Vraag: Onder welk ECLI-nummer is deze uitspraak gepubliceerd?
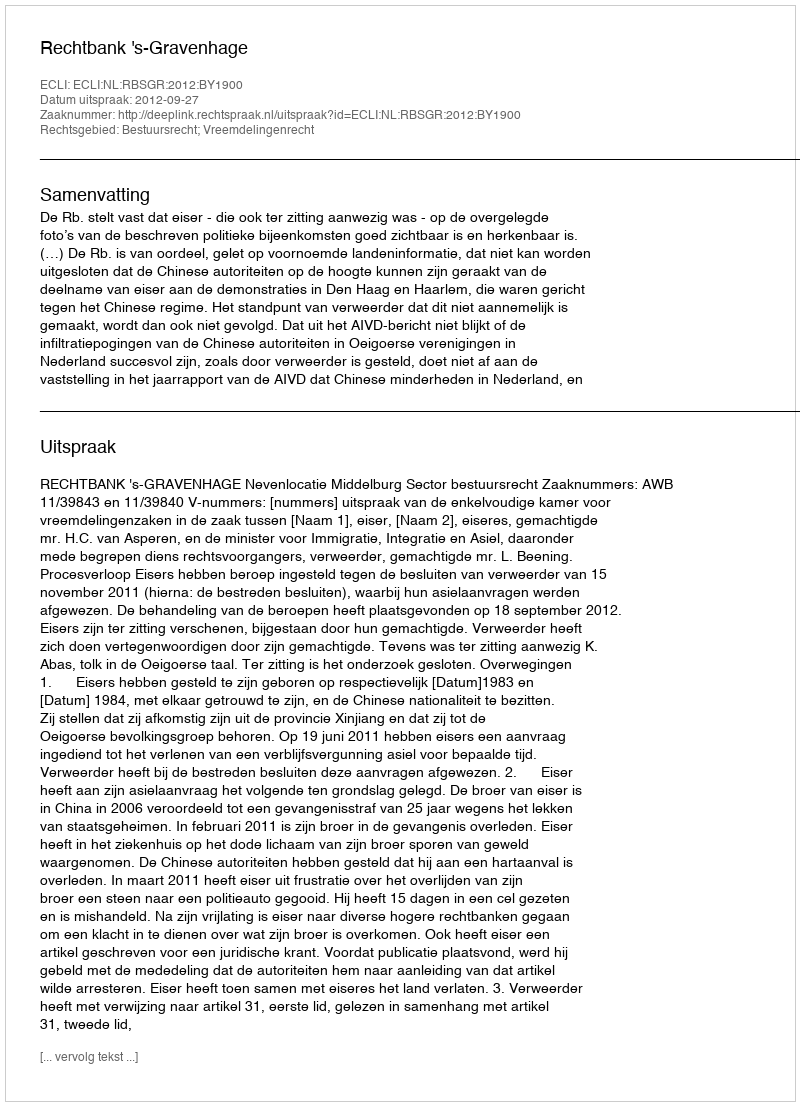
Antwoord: ECLI:NL:RBSGR:2012:BY1900